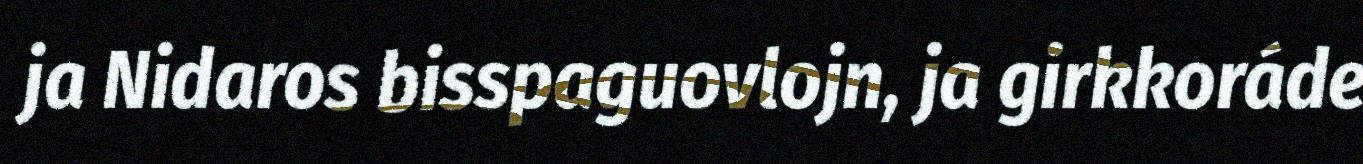
ja Nidaros bisspaguovlojn, ja girkkoráde